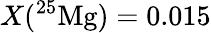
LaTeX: X(^{25}\mathrm{Mg})=0.015